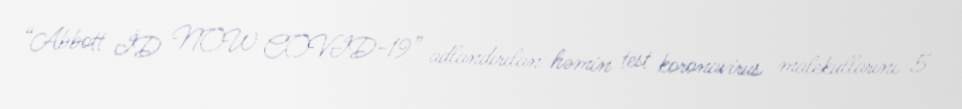
“Abbott İD NOW COVID-19” adlandırılan həmin test koronavirus malekullarını 5